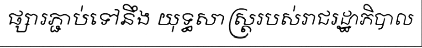
ផ្សារភ្ជាប់ទៅនឹង យុទ្ធសាស្ត្ររបស់រាជរដ្ឋាភិបាល